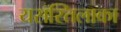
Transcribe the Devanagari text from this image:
यसस्तिलाका